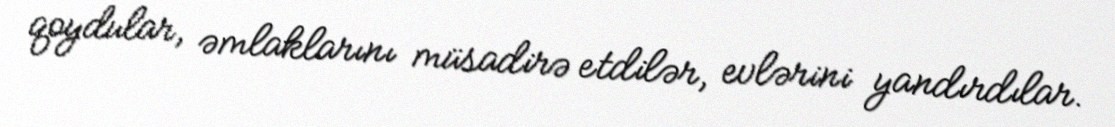
qoydular, əmlaklarını müsadirə etdilər, evlərini yandırdılar.